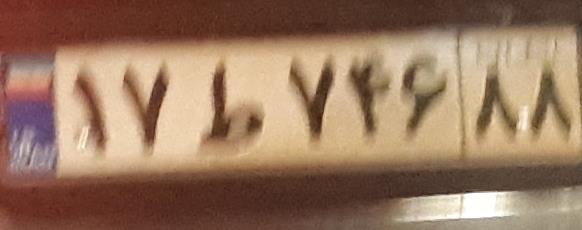
۱۷ط۷۴۶۸۸